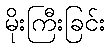
မိုးကြီးခြင်း